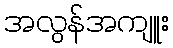
အလွန်အကျူး